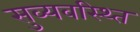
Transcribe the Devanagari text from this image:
सुव्यवस्थ्ति